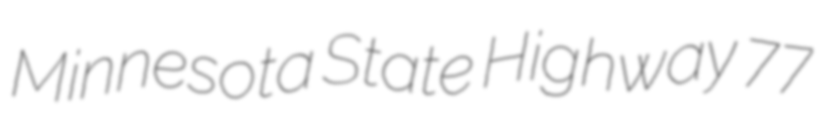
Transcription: Minnesota State Highway 77